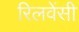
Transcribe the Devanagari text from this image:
रिलवेंसी